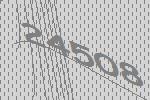
24508